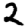
Digit: 2